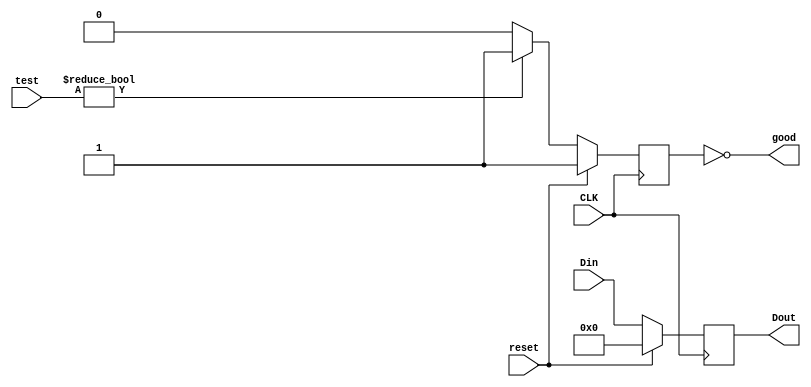
`timescale 1ns / 1ps

////////////////////////////////////////////////////////////////////////
//
//  This file is part of Descrypt Ztex Bruteforcer
//  Copyright (C) 2014 Alexey Osipov <giftsungiv3n at gmail dot com>
//
//  This program is free software: you can redistribute it and/or modify
//  it under the terms of the GNU General Public License as published by
//  the Free Software Foundation, either version 3 of the License, or
//  (at your option) any later version.
//
//  This program is distributed in the hope that it will be useful,
//  but WITHOUT ANY WARRANTY; without even the implied warranty of
//  MERCHANTABILITY or FITNESS FOR A PARTICULAR PURPOSE. See the
//  GNU General Public License for more details.
//
//  You should have received a copy of the GNU General Public License
//  along with this program. If not, see <http://www.gnu.org/licenses/>.
//
////////////////////////////////////////////////////////////////////////

module comparer #(parameter width=63)(
	input [width:0] Din,
	input [width:0] test,
	input CLK,
	input reset,
	output [width:0] Dout,
	output good
);

reg [width:0] Dtmp;
reg tmpgood;


always @(posedge CLK)
begin
	if (reset == 1)
	begin
		Dtmp <= 64'b0;
		tmpgood <= 1;
	end
	else
	begin
		Dtmp <= Din;
		if (test != 64'b0)
			tmpgood <= 1;
		else
			tmpgood <= 0;
	end
end

assign Dout = Dtmp;
assign good = ~tmpgood;

endmodule